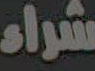
شراء